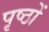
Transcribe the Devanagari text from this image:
पृष्‍ठों